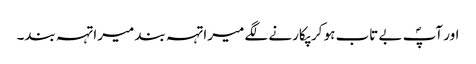
اور آپؐ بے تاب ہو کر پکارنے لگے میرا تہہ بند میرا تہہ بند۔